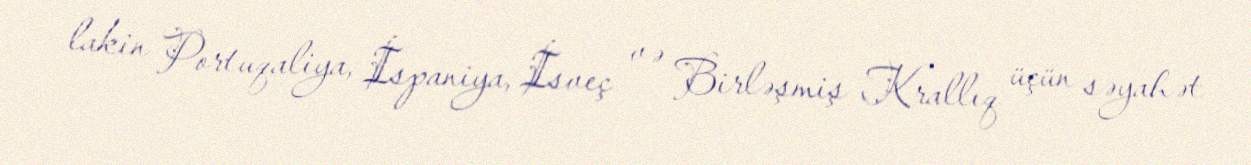
lakin Portuqaliya, İspaniya, İsveç və Birləşmiş Krallıq üçün səyahət